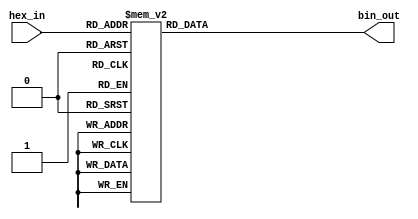
module hex_to_bin_encoder (
    input wire [3:0] hex_in,   // 4-bit input for hexadecimal digit
    output reg [3:0] bin_out    // 4-bit output for binary equivalent
);

    always @* begin
        case (hex_in)
            4'b0000: bin_out = 4'b0000; // 0
            4'b0001: bin_out = 4'b0001; // 1
            4'b0010: bin_out = 4'b0010; // 2
            4'b0011: bin_out = 4'b0011; // 3
            4'b0100: bin_out = 4'b0100; // 4
            4'b0101: bin_out = 4'b0101; // 5
            4'b0110: bin_out = 4'b0110; // 6
            4'b0111: bin_out = 4'b0111; // 7
            4'b1000: bin_out = 4'b1000; // 8
            4'b1001: bin_out = 4'b1001; // 9
            4'b1010: bin_out = 4'b1010; // A
            4'b1011: bin_out = 4'b1011; // B
            4'b1100: bin_out = 4'b1100; // C
            4'b1101: bin_out = 4'b1101; // D
            4'b1110: bin_out = 4'b1110; // E
            4'b1111: bin_out = 4'b1111; // F
            default: bin_out = 4'b0000; // Default case (though hex_in is guaranteed to be in range)
        endcase
    end

endmodule